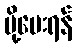
ပို့ပေးရန်